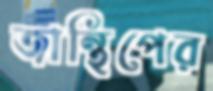
জান্থিপের